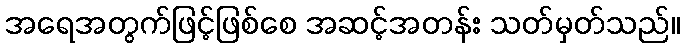
အရေအတွက်ဖြင့်ဖြစ်စေ အဆင့်အတန်း သတ်မှတ်သည်။